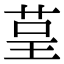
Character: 𮎺